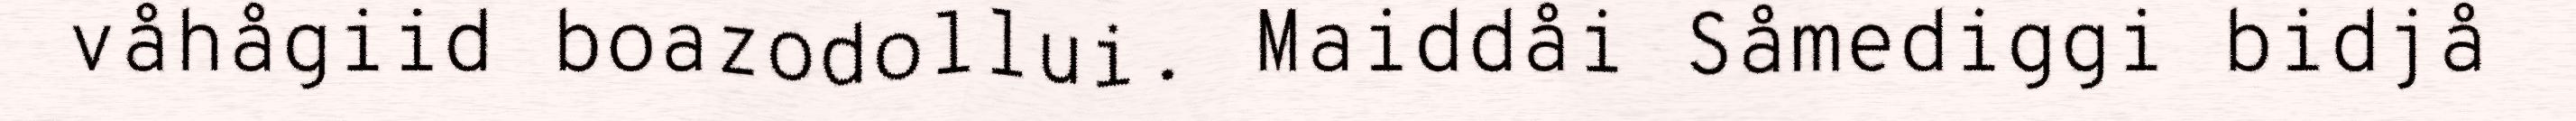
våhågiid boazodollui. Maiddåi Såmediggi bidjå